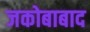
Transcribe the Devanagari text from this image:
जकोबाबाद